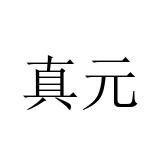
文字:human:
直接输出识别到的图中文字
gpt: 真元